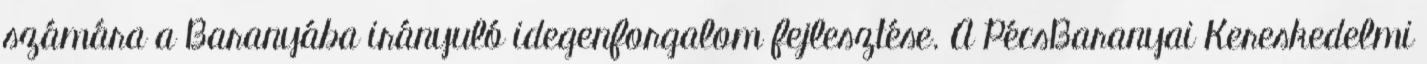
számára a Baranyába irányuló idegenforgalom fejlesztése. A PécsBaranyai Kereskedelmi